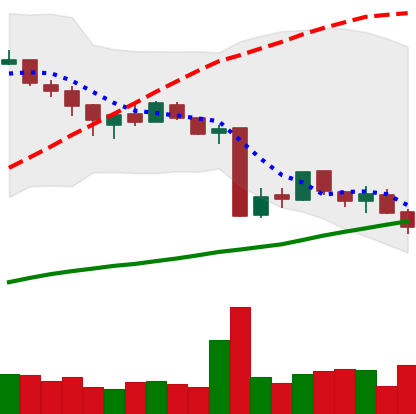
Ticker: BTC-USD
Chart end date: 2015-08-16
Forward return: -10.034%
Label: down_7plus